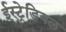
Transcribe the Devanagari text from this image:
ईस्ट्रेडियल